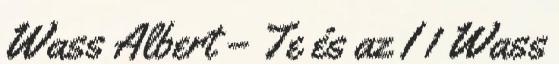
Wass Albert – Te és az I 1 Wass